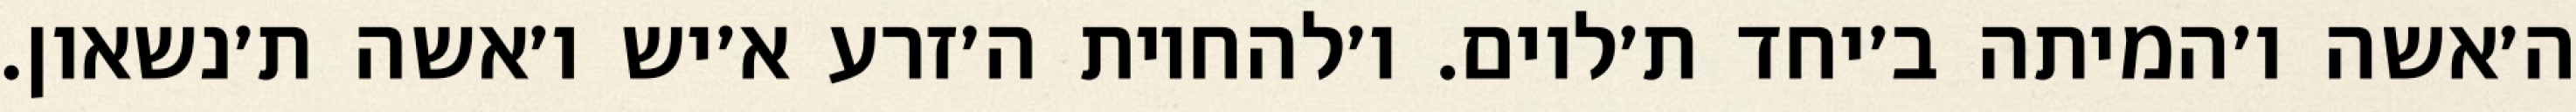
ה׳אשה ו׳המיתה ב׳יחד ת׳לוים. ו׳להחיות ה׳זרע א׳יש ו׳אשה ת׳נשאון.